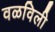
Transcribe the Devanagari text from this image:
वळविली